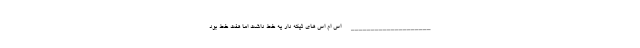
____________________ اس ام اس های تیکه دار یه خط داشت اما هفت خط بود